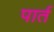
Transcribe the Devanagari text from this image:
पार्त